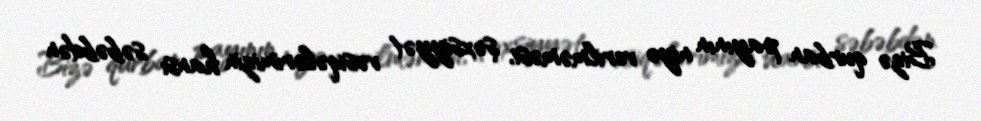
Bizə qurban payının niyə verilməməsi, şəxsiyyət vəsiqələrimizin hansı səbəbdən